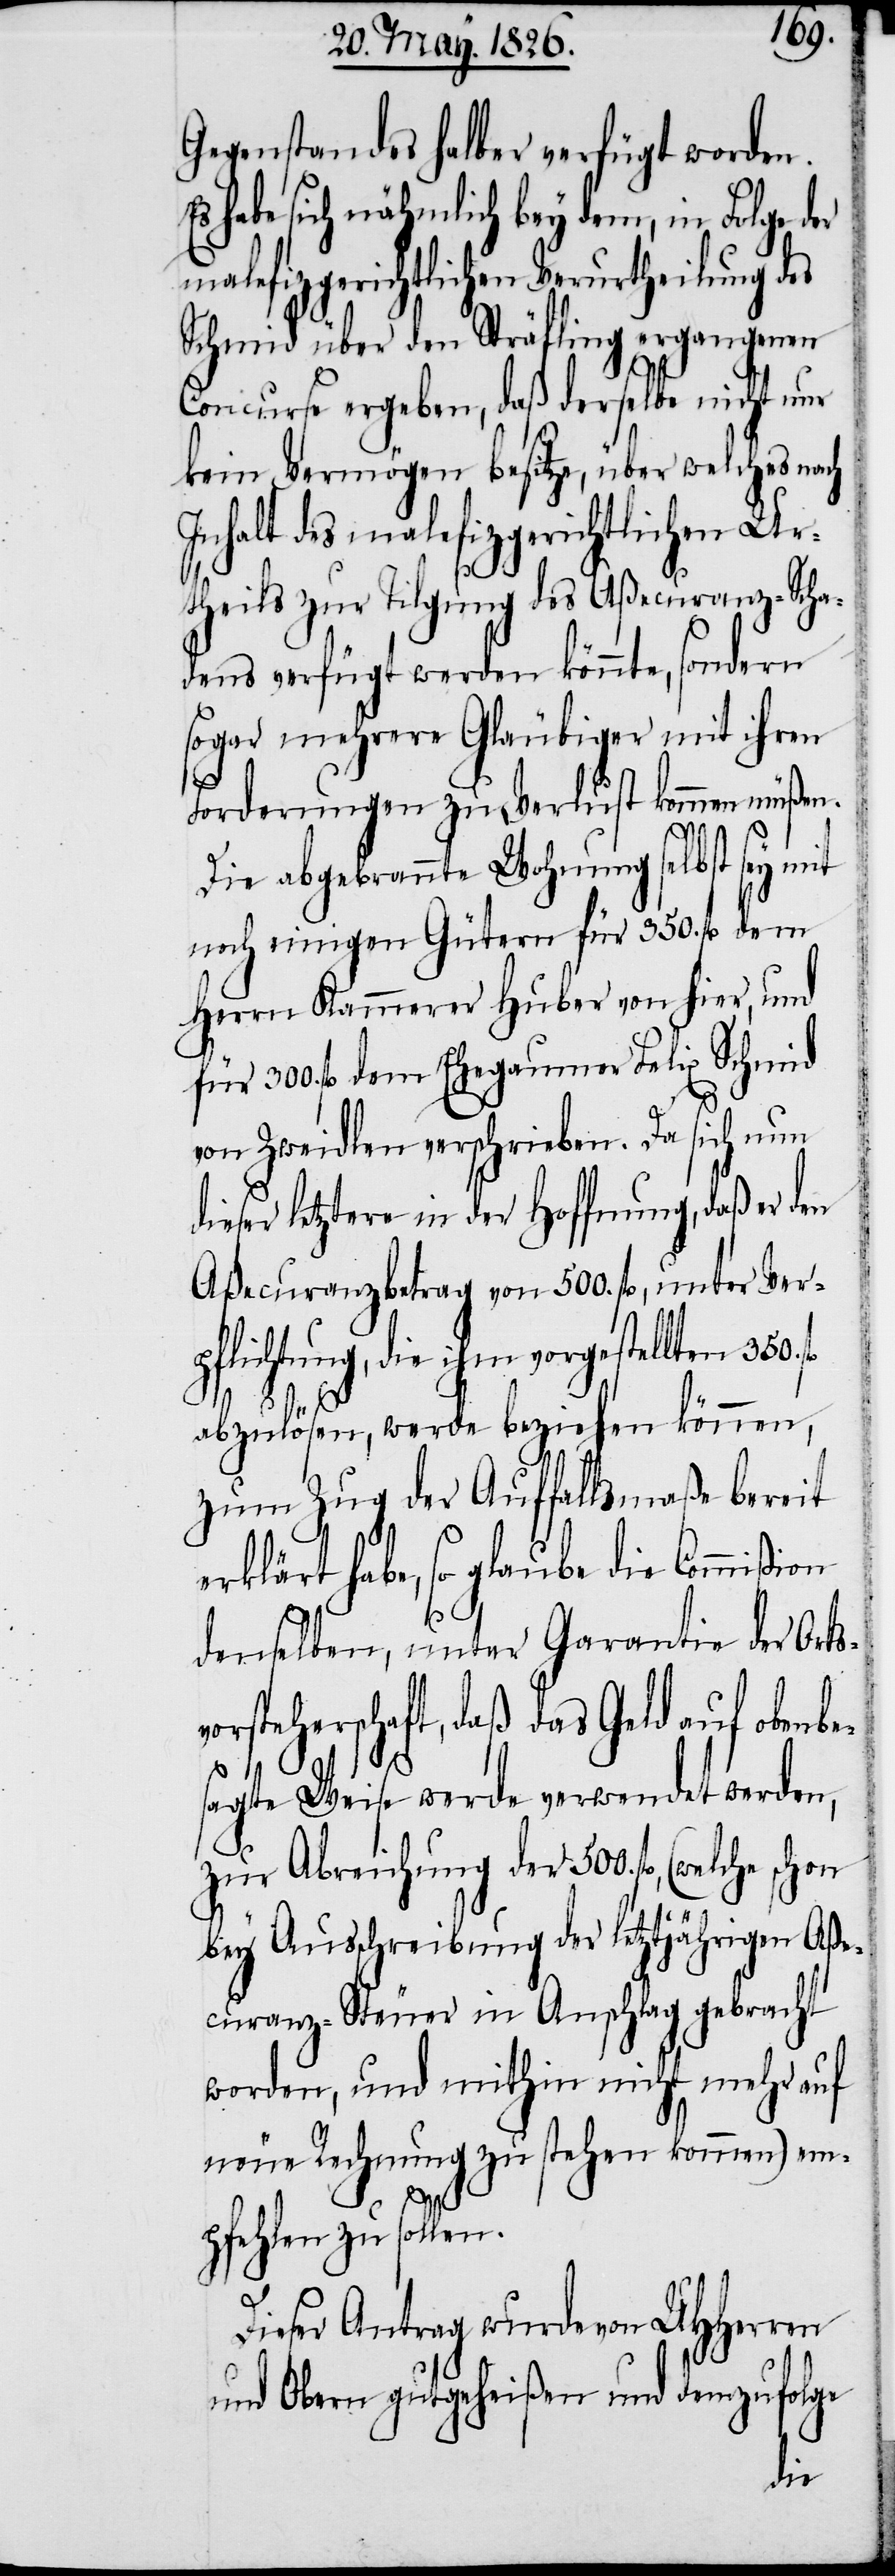
Gegenstandes halber verfügt worden.
haben sich nähmlich bey dem, in Folge der
malefizgerichtlichen Verurtheilung des
Schmid über den Sträfling ergangenen
Concurse ergeben, daß derselbe nicht nur
kein Vermögen besitze, über welches nach
Inhalt des malefizgerichtlichen Ur¬
theils zur Tilgung des Aßecuranz-Scha¬
dens verfügt werden könnte, sondern
sogar mehrere Gläubiger mit ihren
Forderungen zu Verlust kommen müßen.
Die abgebrannte Wohnung selbst sey mit
noch einigen Gütern für 350. fl. dem
Herrn Kammerer Huber von hier, und
fl. dem Ehegauner Felix Schmid
von Zweidlen verschrieben. Da sich nun
dieser letztere in der Hoffnung, daß er den
Aßecuranzbetrag von 500. fl., unter Ver¬
pflichtung, die ihm vorgestellten 350.
abzulösen, werde beziehen können,
zum Zug der Auffallsmaße bereit
erklärt habe, so glaube die Commißion
denselben, unter Garantie der Ortsv¬
orsteherschaft, daß das Geld auf obenbe¬
sagte Weise werde verwendet werden,
zur Abreichung der 500. fl., (welche
bey Ausschreibung der letztjährigen Aße¬
curanz-Steuer in Anschlag gebracht
worden, und mithin nicht mehr auf
neue Rechnung zu stehen kommen) em¬
fl.
pfehlen zu sollen.
Dieser Antrag wurde von UHHerren
und Obern gutgeheißen und demzufolge